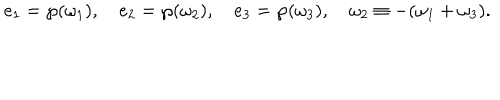
e _ { 1 } = \wp ( \omega _ { 1 } ) , \quad e _ { 2 } = \wp ( \omega _ { 2 } ) , \quad e _ { 3 } = \wp ( \omega _ { 3 } ) , \quad \omega _ { 2 } \equiv - ( \omega _ { 1 } + \omega _ { 3 } ) .